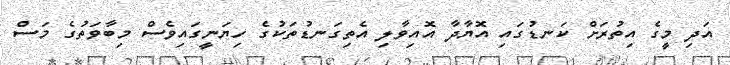
އަދި މީގެ އިތުރަށް ކަނޑުގައި އޮޔާދާ އޮއިވާލި އެތިގަނޑުތަކުގެ ހިޔަނީގައިވެސް މިބާވަތުގެ މަސް